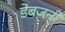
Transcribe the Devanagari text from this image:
डेबजनी